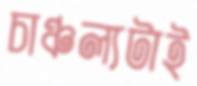
চাঞ্চল্যটাই